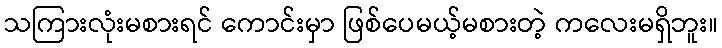
သကြားလုံးမစားရင် ကောင်းမှာ ဖြစ်ပေမယ့်မစားတဲ့ ကလေးမရှိဘူး။